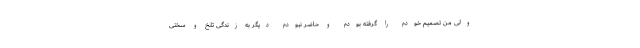
ولی من تصمیم خودم را گرفته بودم و حاضر نبودم دیگر به زندگی تلخ و سختی